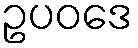
ဥပဝဒေ